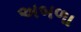
અબળા